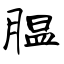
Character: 腽